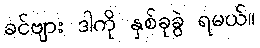
ခင်ဗျား ဒါကို နှစ်ခုခွဲ ရမယ်။